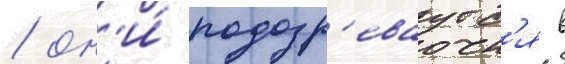
/ он'и́ подозр'еваутс'я в